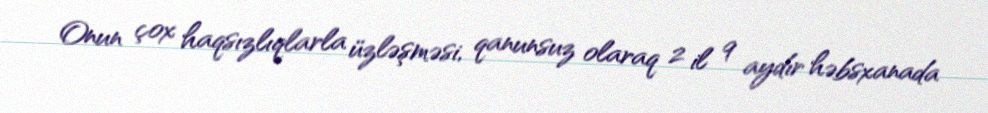
Onun çox haqsızlıqlarla üzləşməsi, qanunsuz olaraq 2 il 9 aydır həbsxanada